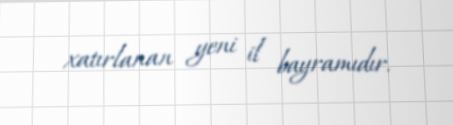
xatırlanan yeni il bayramıdır.